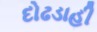
દોઢડાહી